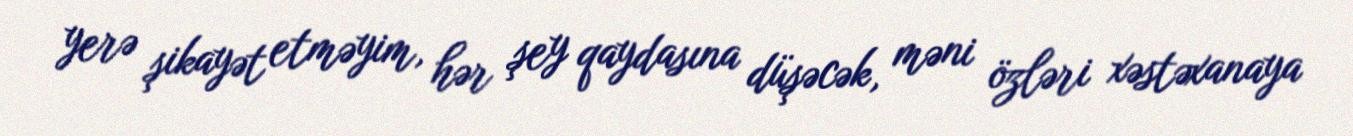
yerə şikayət etməyim, hər şey qaydasına düşəcək, məni özləri xəstəxanaya